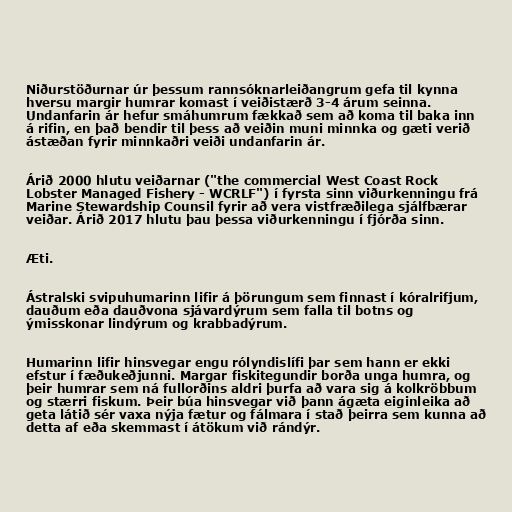
Niðurstöðurnar úr þessum rannsóknarleiðangrum gefa til kynna
hversu margir humrar komast í veiðistærð 3-4 árum seinna.
Undanfarin ár hefur smáhumrum fækkað sem að koma til baka inn
á rifin, en það bendir til þess að veiðin muni minnka og gæti verið
ástæðan fyrir minnkaðri veiði undanfarin ár.

Árið 2000 hlutu veiðarnar ("the commercial West Coast Rock
Lobster Managed Fishery - WCRLF") í fyrsta sinn viðurkenningu frá
Marine Stewardship Counsil fyrir að vera vistfræðilega sjálfbærar
veiðar. Árið 2017 hlutu þau þessa viðurkenningu í fjórða sinn.

Æti.

Ástralski svipuhumarinn lifir á þörungum sem finnast í kóralrifjum,
dauðum eða dauðvona sjávardýrum sem falla til botns og
ýmisskonar lindýrum og krabbadýrum.

Humarinn lifir hinsvegar engu rólyndislífi þar sem hann er ekki
efstur í fæðukeðjunni. Margar fiskitegundir borða unga humra, og
þeir humrar sem ná fullorðins aldri þurfa að vara sig á kolkröbbum
og stærri fiskum. Þeir búa hinsvegar við þann ágæta eiginleika að
geta látið sér vaxa nýja fætur og fálmara í stað þeirra sem kunna að
detta af eða skemmast í átökum við rándýr.